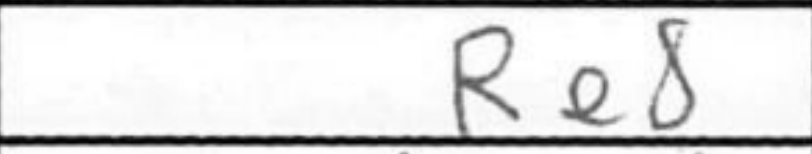
Transcription: Re8